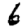
Digit: 6